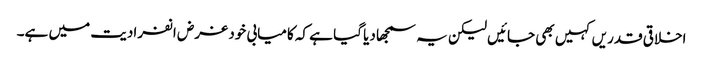
اخلاقی قدریں کہیں بھی جائیں لیکن یہ سمجھا دیا گیا ہے کہ کامیابی خود غرض انفرادیت میں ہے۔